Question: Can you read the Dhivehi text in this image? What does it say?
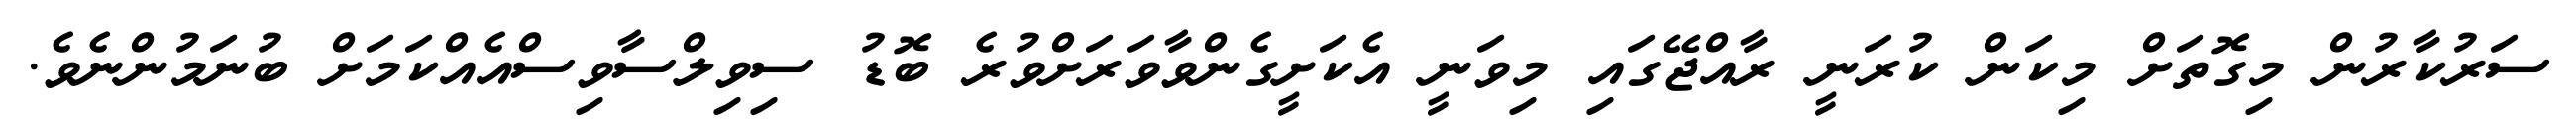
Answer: ސަރުކާރުން މިގޮތަށް މިކަން ކުރަނީ ރާއްޖޭގައި މިވަނީ އެކަށީގެންވާވަރަށްވުރެ ބޮޑު ސިވިލްސާވިސްއެއްކަމަށް ބުނަމުންނެވެ.